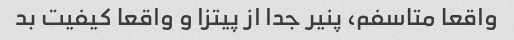
واقعا متاسفم، پنیر جدا از پیتزا و واقعا کیفیت بد